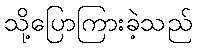
သို့ပြောကြားခဲ့သည်